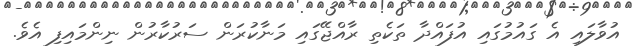
އުވާލައި އެ ގައުމުގައި އުފައްދާ ތަކެތި ރާއްޖޭގައި މަނާކުރަން ސަރުކާރުން ނިންމައިފި އެވެ.